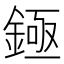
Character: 𬫡